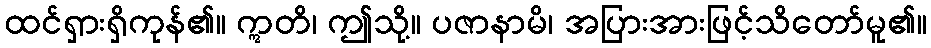
ထင်ရှားရှိကုန်၏။ ဣတိ၊ ဤသို့။ ပဇာနာမိ၊ အပြားအားဖြင့်သိတော်မူ၏။